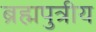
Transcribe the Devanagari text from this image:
ब्रह्मपुत्रीय